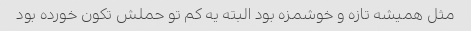
مثل همیشه تازه و خوشمزه بود البته یه کم تو حملش تکون خورده بود